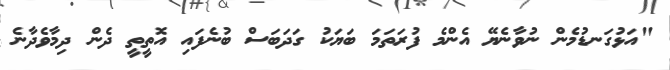
"އަޅުގަނޑުމެން ނުވާނެޔޭ އެންމެ ފުރަތަމަ ބަޔަކު ގަދަބަސް ބުނެފައި އޮތީތީ ދެން ދިމާވެދާނެ